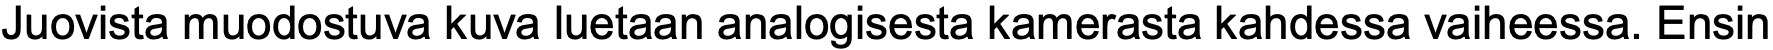
Juovista muodostuva kuva luetaan analogisesta kamerasta kahdessa vaiheessa. Ensin